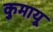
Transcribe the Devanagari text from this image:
कुमायू